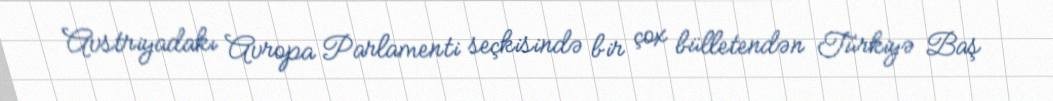
Avstriyadakı Avropa Parlamenti seçkisində bir çox bülletendən Türkiyə Baş